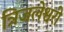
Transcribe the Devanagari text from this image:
त्रिजलेश्वरी